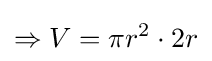
\Rightarrow V=\pi r^{2}\cdot 2r